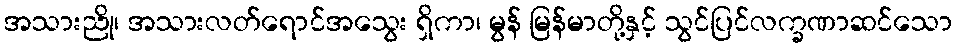
အသားညို၊ အသားလတ်ရောင်အသွေး ရှိကာ၊ မွန် မြန်မာတို့နှင့် သွင်ပြင်လက္ခဏာဆင်သော